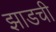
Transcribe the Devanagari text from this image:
झाडची